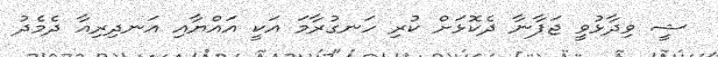
ޝީ ވިދާޅުވީ ޖަޕާނާ ދެކޮޅަށް ކުރި ހަނގުރާމަ އަކީ އައްޔާއި އަނދިރިއާ ދެމެދު